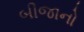
બીજાનો